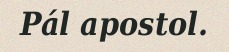
Pál apostol.